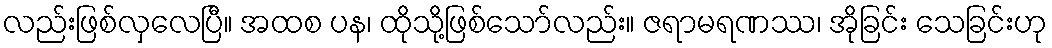
လည်းဖြစ်လှလေပြီ။ အထစ ပန၊ ထိုသို့ဖြစ်သော်လည်း။ ဇရာမရဏဿ၊ အိုခြင်း သေခြင်းဟု